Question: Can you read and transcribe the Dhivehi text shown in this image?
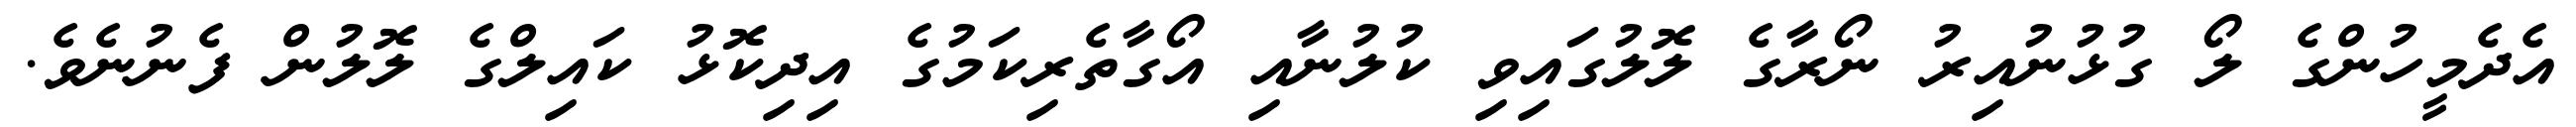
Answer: އެދެމީހުންގެ ލޯ ގުޅުނުއިރު ނޯރާގެ ލޮލުގައިވި ކުލުނާއި އޯގާތެރިކަމުގެ އިދިކޮޅު ކައިލްގެ ލޮލުން ފެނުނެވެ.